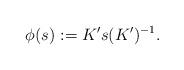
LaTeX: \begin{align*}\phi(s):=K's(K')^{-1}.\end{align*}